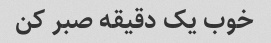
خوب یک دقیقه صبر کن